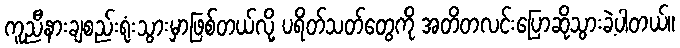
ကူညီနားချစည်းရုံးသွားမှာဖြစ်တယ်လို့ ပရိတ်သတ်တွေကို အတိတလင်းပြောဆိုသွားခဲ့ပါတယ်။